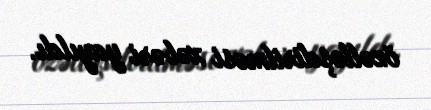
özəlləşdirilməsi xəbəri yayıldı.